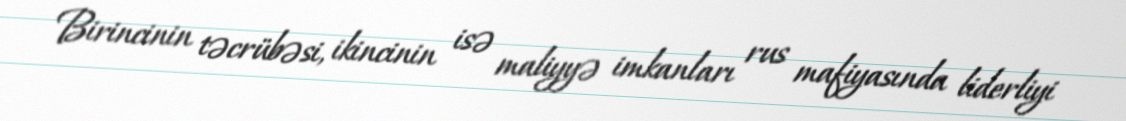
Birincinin təcrübəsi, ikincinin isə maliyyə imkanları rus mafiyasında liderliyi